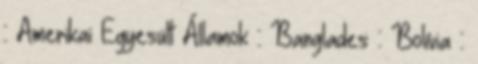
:: Amerikai Egyesült Államok :: Banglades :: Bolívia ::